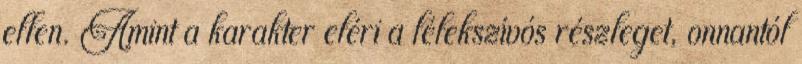
ellen. Amint a karakter eléri a lélekszívós részleget, onnantól